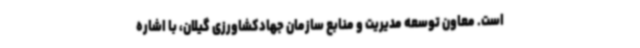
است. معاون توسعه مدیریت و منابع سازمان جهادکشاورزی گیلان، با اشاره